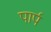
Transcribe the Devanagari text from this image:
पार्प